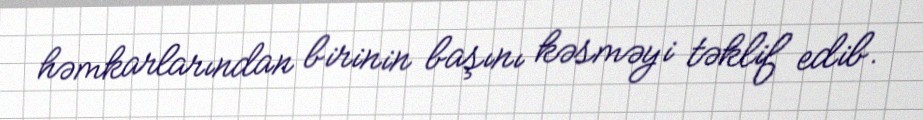
həmkarlarından birinin başını kəsməyi təklif edib.